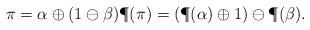
LaTeX: \begin{align*} \pi = \alpha \oplus (1 \ominus \beta) \P(\pi) = (\P(\alpha) \oplus 1) \ominus \P(\beta).\end{align*}